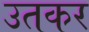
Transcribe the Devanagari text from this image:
उतकर